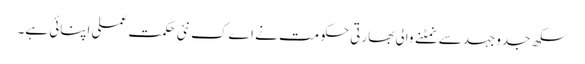
سکھ جدوجہد سے نمٹنے والی بھارتی حکومت نے اےک نئی حکمت عملی اپنائی ہے۔